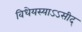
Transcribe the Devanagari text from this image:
विधेयस्याऽऽसीद्